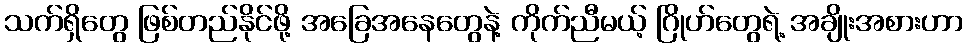
သက်ရှိတွေ ဖြစ်တည်နိုင်ဖို့ အခြေအနေတွေနဲ့ ကိုက်ညီမယ့် ဂြိုဟ်တွေရဲ့ အချိုးအစားဟာ